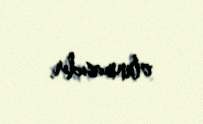
olunmasıdır.